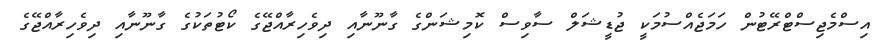
އިސްމެޖިސްޓްރޭޓުން ހަމަޖެއްސުމަކީ ޖުޑީޝަލް ސާވިސް ކޮމިޝަންގެ ގާނޫނާއި ދިވެހިރާއްޖޭގެ ކޯޓުތަކުގެ ގާނޫނާއި ދިވެހިރާއްޖޭގެ